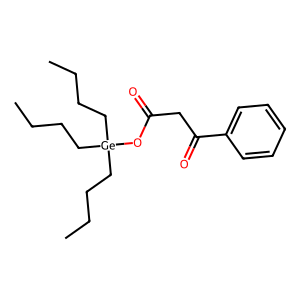
SMILES: CCCC[Ge](CCCC)(CCCC)OC(=O)CC(=O)c1ccccc1
Inhibits HIV replication: No